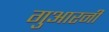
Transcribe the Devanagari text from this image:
गुआरनी